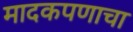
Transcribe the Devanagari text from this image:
मादकपणाचा